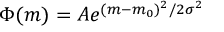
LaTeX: \ \Phi ( m ) = A e ^ { ( m - m _ { 0 } ) ^ { 2 } / 2 \sigma ^ { 2 } }